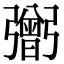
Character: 𢐷